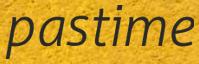
pastime